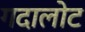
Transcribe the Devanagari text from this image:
गदालोट